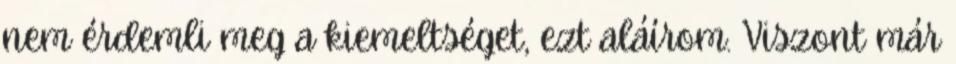
nem érdemli meg a kiemeltséget, ezt aláírom. Viszont már